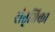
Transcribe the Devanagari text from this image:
संतृप्तिका